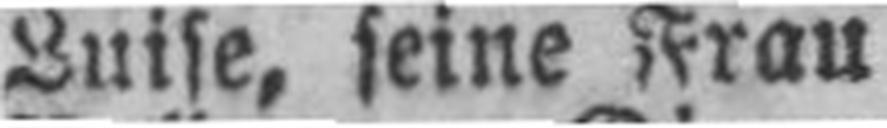
Luise, seine Frau